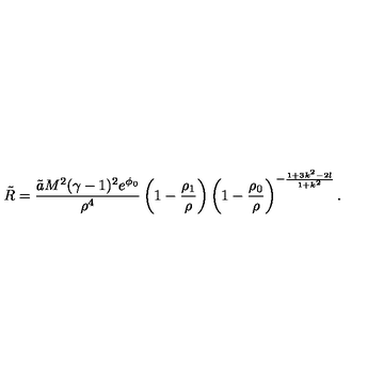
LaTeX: \tilde { R } = \frac { \tilde { a } M ^ { 2 } ( \gamma - 1 ) ^ { 2 } e ^ { \phi _ { 0 } } } { \rho ^ { 4 } } \left( 1 - \frac { \rho _ { 1 } } { \rho } \right) \left( 1 - \frac { \rho _ { 0 } } { \rho } \right) ^ { - \frac { 1 + 3 k ^ { 2 } - 2 l } { 1 + k ^ { 2 } } } .